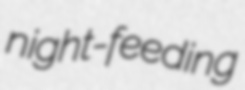
night-feeding